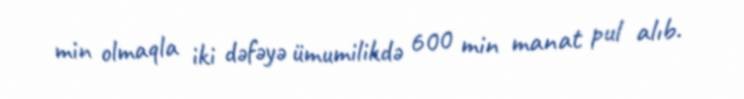
min olmaqla iki dəfəyə ümumilikdə 600 min manat pul alıb.